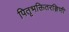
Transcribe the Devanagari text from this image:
पितृभक्तितरङ्गिणी